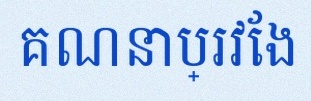
គណនាប្រវែង